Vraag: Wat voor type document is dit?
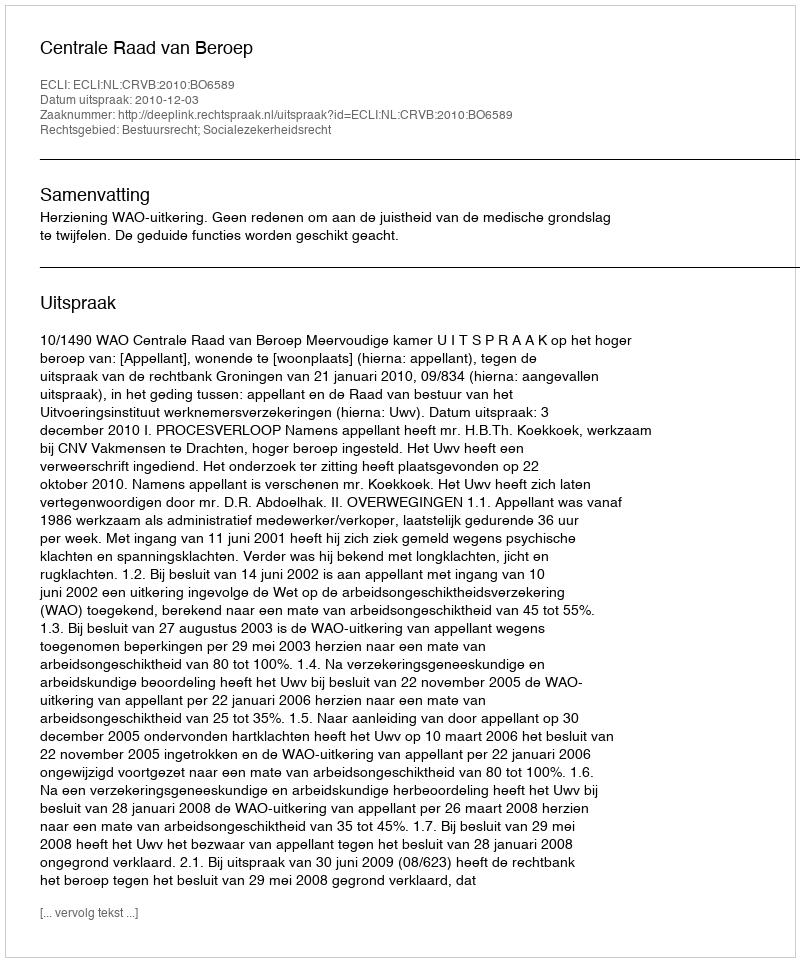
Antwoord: Uitspraak